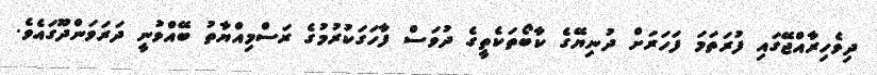
ދިވެހިރާއްޖޭގައި ފުރަތަމަ ފަހަރަށް ދުނިޔޭގެ ކާބޯތަކެތީގެ ދުވަސް ފާހަގަކުރުމުގެ ރަސްމިއްޔާތު ބޭއްވުނީ ދަރަވަންދޫގައެވެ.